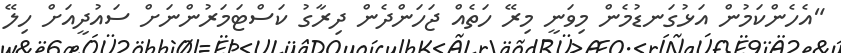
"އެހެންކަމުން އަޅުގަނޑުމެން މިވަނީ މިރޭ ހަތެއް ޖަހަންދެން ދިރާގު ކަސްޓަމަރުންނަށް ސައުދީއަށް ހިލޭ